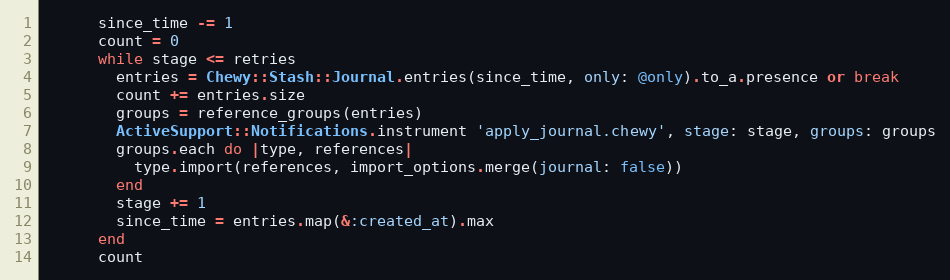
Language: Ruby
      since_time -= 1
      count = 0
      while stage <= retries
        entries = Chewy::Stash::Journal.entries(since_time, only: @only).to_a.presence or break
        count += entries.size
        groups = reference_groups(entries)
        ActiveSupport::Notifications.instrument 'apply_journal.chewy', stage: stage, groups: groups
        groups.each do |type, references|
          type.import(references, import_options.merge(journal: false))
        end
        stage += 1
        since_time = entries.map(&:created_at).max
      end
      count